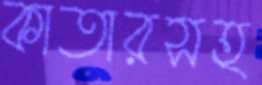
কাতারসহ